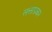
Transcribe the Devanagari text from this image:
लत्ताप्रकार